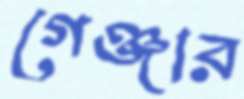
গেঞ্জার